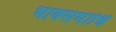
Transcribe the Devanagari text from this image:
भावसमाधि